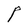
Character: P